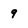
Character: 9